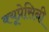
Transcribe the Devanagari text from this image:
क्यूप्रेसिनी